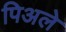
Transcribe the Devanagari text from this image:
पिअले